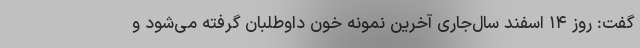
گفت: روز ۱۴ اسفند سال‌جاری آخرین نمونه خون داوطلبان گرفته می‌شود و